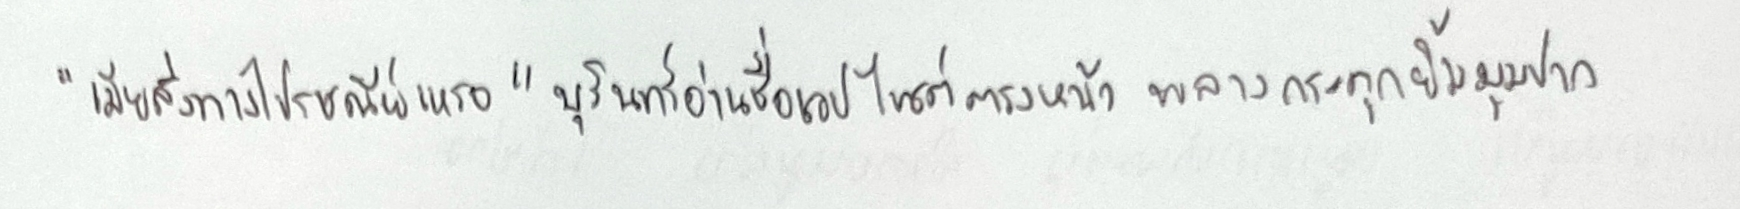
"เมียสั่งทางไปรษณีย์เหรอ"บุรินทร์อ่านชื่อเวปไซต์ตรงหน้าพลางกระตุกยิ้มมุมปาก